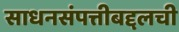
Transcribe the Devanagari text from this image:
साधनसंपत्तीबद्दलची